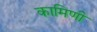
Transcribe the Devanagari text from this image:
कामिणी